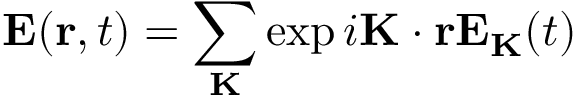
\mathbf { E } ( \mathbf { r } , t ) = \sum _ { \mathbf { K } } \exp { i \mathbf { K } \cdot \mathbf { r } } \mathbf { E } _ { \mathbf { K } } ( t )